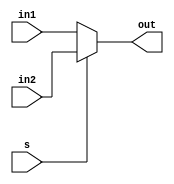
module MUX_21_9bit(in1, in2, s, out);
    input [8:0] in1, in2;
    input s;
    output wire [8:0] out;
    assign out = s ? in2 : in1;
endmodule